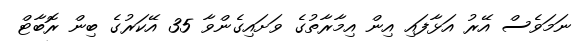
ނަމަވެސް އޭރު އަޅާފައި އިން އިމާރާތުގެ ވަށައިގެންވާ 35 އޭކަރުގެ ބިން ރޮބާޓް